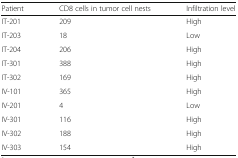
<table><thead><tr><td><b>Patient</b></td><td><b>CD8 cells in tumor cell nests</b></td><td><b>Infiltration level</b></td></tr></thead><tbody><tr><td>IT-201</td><td>209</td><td>High</td></tr><tr><td>IT-203</td><td>18</td><td>Low</td></tr><tr><td>IT-204</td><td>206</td><td>High</td></tr><tr><td>IT-301</td><td>388</td><td>High</td></tr><tr><td>IT-302</td><td>169</td><td>High</td></tr><tr><td>IV-101</td><td>365</td><td>High</td></tr><tr><td>IV-201</td><td>4</td><td>Low</td></tr><tr><td>IV-301</td><td>116</td><td>High</td></tr><tr><td>IV-302</td><td>188</td><td>High</td></tr><tr><td>IV-303</td><td>154</td><td>High</td></tr></tbody></table>